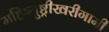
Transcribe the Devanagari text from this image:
महिष्युष्ट्रीखरीगामी